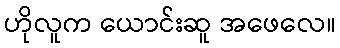
ဟိုလူက ယောင်းဆူ အဖေလေ။